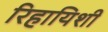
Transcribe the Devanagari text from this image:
रिहायिशी